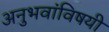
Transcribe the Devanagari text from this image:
अनुभवांविषयी